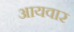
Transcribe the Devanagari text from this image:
आयवार